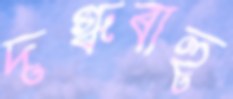
দগ্ধবাহু